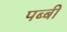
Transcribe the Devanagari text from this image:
पब्बी